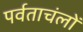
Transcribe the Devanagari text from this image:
पर्वताचंलों